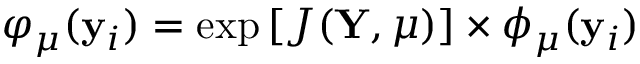
\varphi _ { \mu } ( \mathbf { y } _ { i } ) = \exp \left[ J ( \mathbf { Y } , \mu ) \right] \times \phi _ { \mu } ( \mathbf { y } _ { i } )